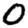
Digit: 0